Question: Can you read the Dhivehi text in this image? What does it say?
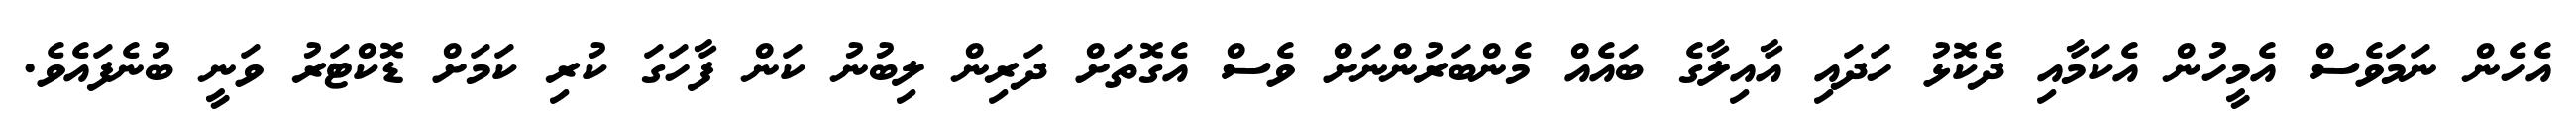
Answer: އެހެން ނަމަވެސް އެމީހުން އެކަމާއި ދެކޮޅު ހަދައި އާއިލާގެ ބައެއް މެންބަރުންނަށް ވެސް އެގޮތަށް ދަރިން ލިބުނު ކަން ފާހަގަ ކުރި ކަމަށް ޑޮކްޓަރު ވަނީ ބުނެފައެވެ.